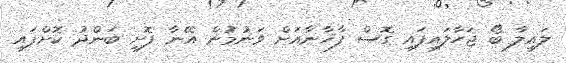
ލައިލާ ބޯ ޖަހާލައިފައި ގޮސް ފާޚާނާއަށް ވަނުމުން އޭނާ ފޮށި ބަންދު ކޮށްފައި